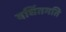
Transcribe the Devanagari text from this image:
वर्धितमति